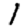
Digit: 1